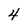
Character: 4